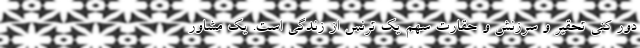
دور کنی تحقیر و سرزنش و حقارت سهم یک ترنس از زندگی است. یک مشاور